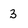
Character: 3